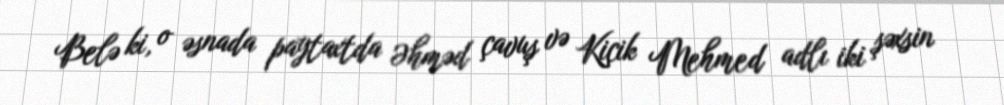
Belə ki, o əsnada paytaxtda Əhməd çavuş və Kiçik Mehmed adlı iki şəxsin